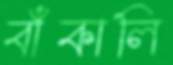
বাঁকালি